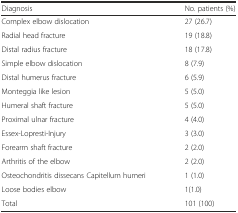
<table><thead><tr><td><b>Diagnosis</b></td><td><b>No. patients (%)</b></td></tr></thead><tbody><tr><td>Complex elbow dislocation</td><td>27 (26.7)</td></tr><tr><td>Radial head fracture</td><td>19 (18.8)</td></tr><tr><td>Distal radius fracture</td><td>18 (17.8)</td></tr><tr><td>Simple elbow dislocation</td><td>8 (7.9)</td></tr><tr><td>Distal humerus fracture</td><td>6 (5.9)</td></tr><tr><td>Monteggia like lesion</td><td>5 (5.0)</td></tr><tr><td>Humeral shaft fracture</td><td>5 (5.0)</td></tr><tr><td>Proximal ulnar fracture</td><td>4 (4.0)</td></tr><tr><td>Essex-Lopresti-Injury</td><td>3 (3.0)</td></tr><tr><td>Forearm shaft fracture</td><td>2 (2.0)</td></tr><tr><td>Arthritis of the elbow</td><td>2 (2.0)</td></tr><tr><td>Osteochondritis dissecans Capitellum humeri</td><td>1 (1.0)</td></tr><tr><td>Loose bodies elbow</td><td>1(1.0)</td></tr><tr><td>Total</td><td>101 (100)</td></tr></tbody></table>